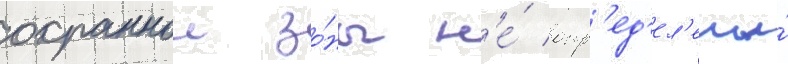
охраннои зо́ны н'е́ опр'ед'ел'ены́